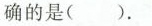
的是( )。